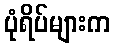
ပုံရိပ်များက